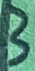
Text: 3